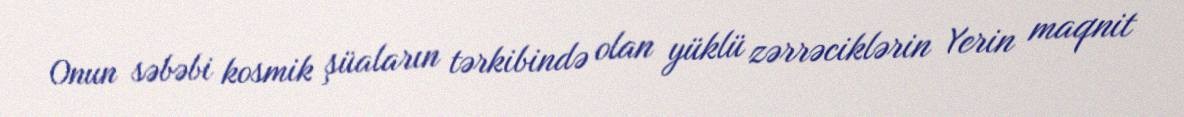
Onun səbəbi kosmik şüaların tərkibində olan yüklü zərrəciklərin Yerin maqnit